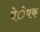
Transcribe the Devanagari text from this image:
बेेेेेषक